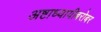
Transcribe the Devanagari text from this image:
अष्टाध्यायीबरोबर